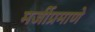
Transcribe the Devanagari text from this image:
मर्जीप्रमाणे